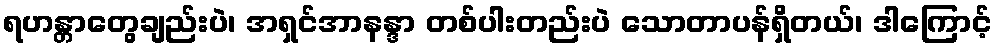
ရဟန္တာတွေချည်းပဲ၊ အရှင်အာနန္ဒာ တစ်ပါးတည်းပဲ သောတာပန်ရှိတယ်၊ ဒါကြောင့်